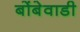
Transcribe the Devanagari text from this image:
बोंबेवाडी